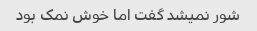
شور نمیشد گفت اما خوش نمک بود